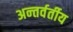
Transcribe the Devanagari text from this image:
अन्‍तर्वर्तीय